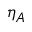
\eta _ { A }